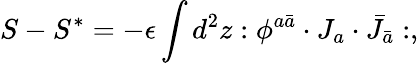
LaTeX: S-S^{*}=-\epsilon\int d^{2}z:\phi^{a\bar{a}}\cdot J_{a}\cdot\bar{J}_{\bar{a}}:,